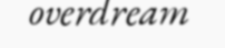
overdream